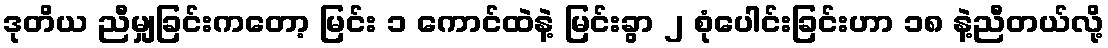
ဒုတိယ ညီမျှခြင်းကတော့ မြင်း ၁ ကောင်ထဲနဲ့ မြင်းခွာ ၂ စုံပေါင်းခြင်းဟာ ၁၈ နဲ့ညီတယ်လို့